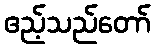
ဧည့်သည်တော်